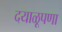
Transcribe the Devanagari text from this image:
दयाळूपणा